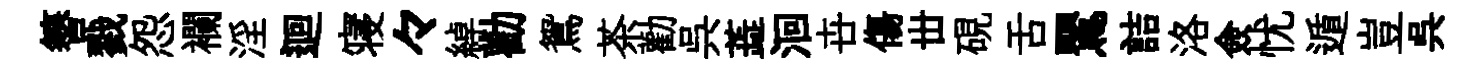
簮戮怨襴淫迴寝々綽勸鴛茶勸呉蕋洄卋傷丗硯舌鸎詰洛僉忧遁豈呉